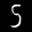
Label: 5